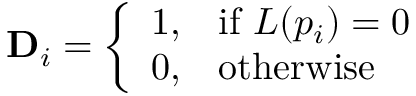
\mathbf { D } _ { i } = { \left\{ \begin{array} { l l } { 1 , } & { { \mathrm { i f ~ } } L ( p _ { i } ) = 0 \ } \\ { 0 , } & { { \mathrm { o t h e r w i s e } } } \end{array} \right. }